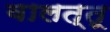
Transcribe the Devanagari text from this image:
वालत्तू